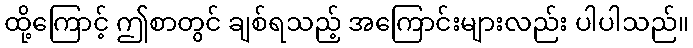
ထို့ကြောင့် ဤစာတွင် ချစ်ရသည့် အကြောင်းများလည်း ပါပါသည်။